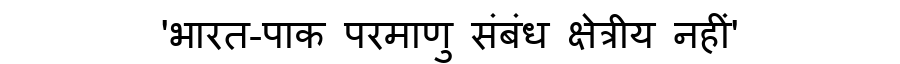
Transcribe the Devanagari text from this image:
'भारत-पाक परमाणु संबंध क्षेत्रीय नहीं'